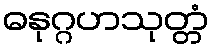
ဓနုဂ္ဂဟသုတ္တံ